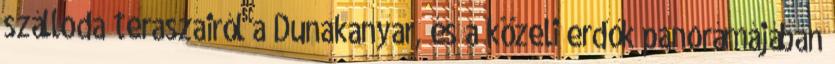
szálloda teraszairól a Dunakanyar, és a közeli erdők panorámájában